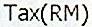
TAX(RM)